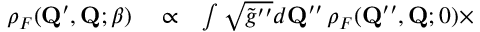
\begin{array} { r l r } { \rho _ { F } ( \mathbf { Q } ^ { \prime } , \mathbf { Q } ; \beta ) } & { { } \propto } & { \int \sqrt { \tilde { g } ^ { \prime \prime } } d \mathbf { Q } ^ { \prime \prime } \, \rho _ { F } ( \mathbf { Q } ^ { \prime \prime } , \mathbf { Q } ; 0 ) \times } \end{array}